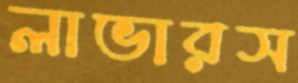
লাভারস